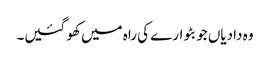
وہ دادیاں جو بٹوارے کی راہ میں کھو گئیں۔